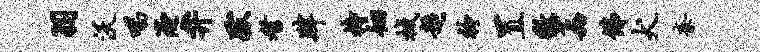
羽沃唱淹弁跋耆肄持徊械超衿置徼荔佛犬紊